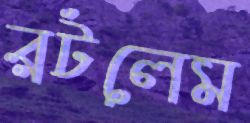
রটলেম